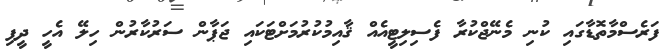
ފަރެސްމާތޮޑާގައި ކުނި މެނޭޖްކުރާ ފެސިލިޓީއެއް ޤާއިމުކުރުމަށްޓަކައި ޖަޕާން ސަރުކާރުން ހިލޭ އެހީ ދީފި